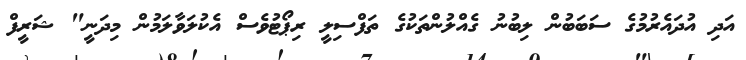
އަދި އުދައެރުމުގެ ސަބަބުން ލިބުނު ގެއްލުންތަކުގެ ތަފްސިލީ ރިޕޯޓުވެސް އެކުލަވާލަމުން މިދަނީ" ޝަރީފް